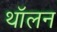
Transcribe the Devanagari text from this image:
थॉलन